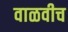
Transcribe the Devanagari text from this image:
वाळवीच